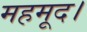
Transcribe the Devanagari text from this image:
महमूद।